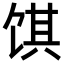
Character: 𬲽